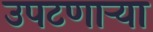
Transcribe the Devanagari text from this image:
उपटणार्‍या